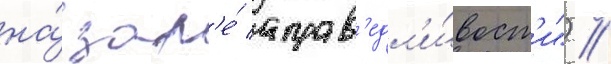
на́ зар'е́ справ'едл'и́вост'и") /